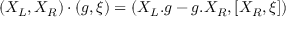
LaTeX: ( X _ { L } , X _ { R } ) \cdot ( g , \xi ) = ( X _ { L } . g - g . X _ { R } , [ X _ { R } , \xi ] )